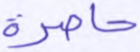
حاصرة